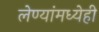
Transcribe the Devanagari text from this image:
लेण्यांमध्येही